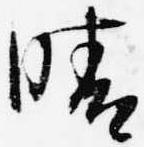
晴